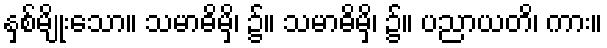
နှစ်မျိုးသော။ သမာဓိမှိ၊ ၌။ သမာဓိမှိ၊ ၌။ ပညာယတိ၊ ကား။